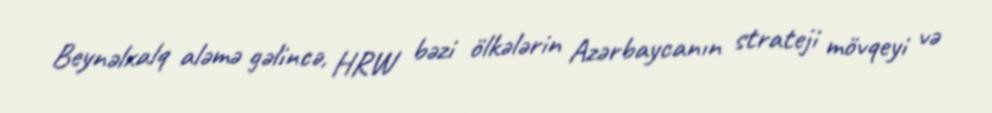
Beynəlxalq aləmə gəlincə, HRW bəzi ölkələrin Azərbaycanın strateji mövqeyi və